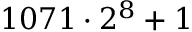
1 0 7 1 \cdot 2 ^ { 8 } + 1